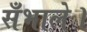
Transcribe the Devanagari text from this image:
सँभाले।